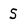
Character: S